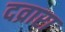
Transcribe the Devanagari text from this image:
दव्रारा